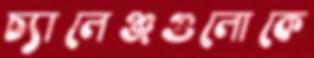
চ্যালেঞ্জগুলোকে